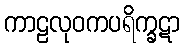
ကာဠလုဝကပရိက္ခဋာ